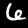
Digit: 6